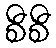
စီစီ